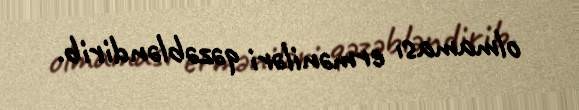
olmaması erməniləri qəzəbləndirib.